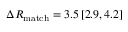
\Delta R _ { \mathrm { m a t c h } } = 3 . 5 \, [ 2 . 9 , 4 . 2 ]